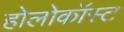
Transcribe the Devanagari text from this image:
होलोकॉस्‍ट